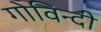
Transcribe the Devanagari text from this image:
गोविन्दी